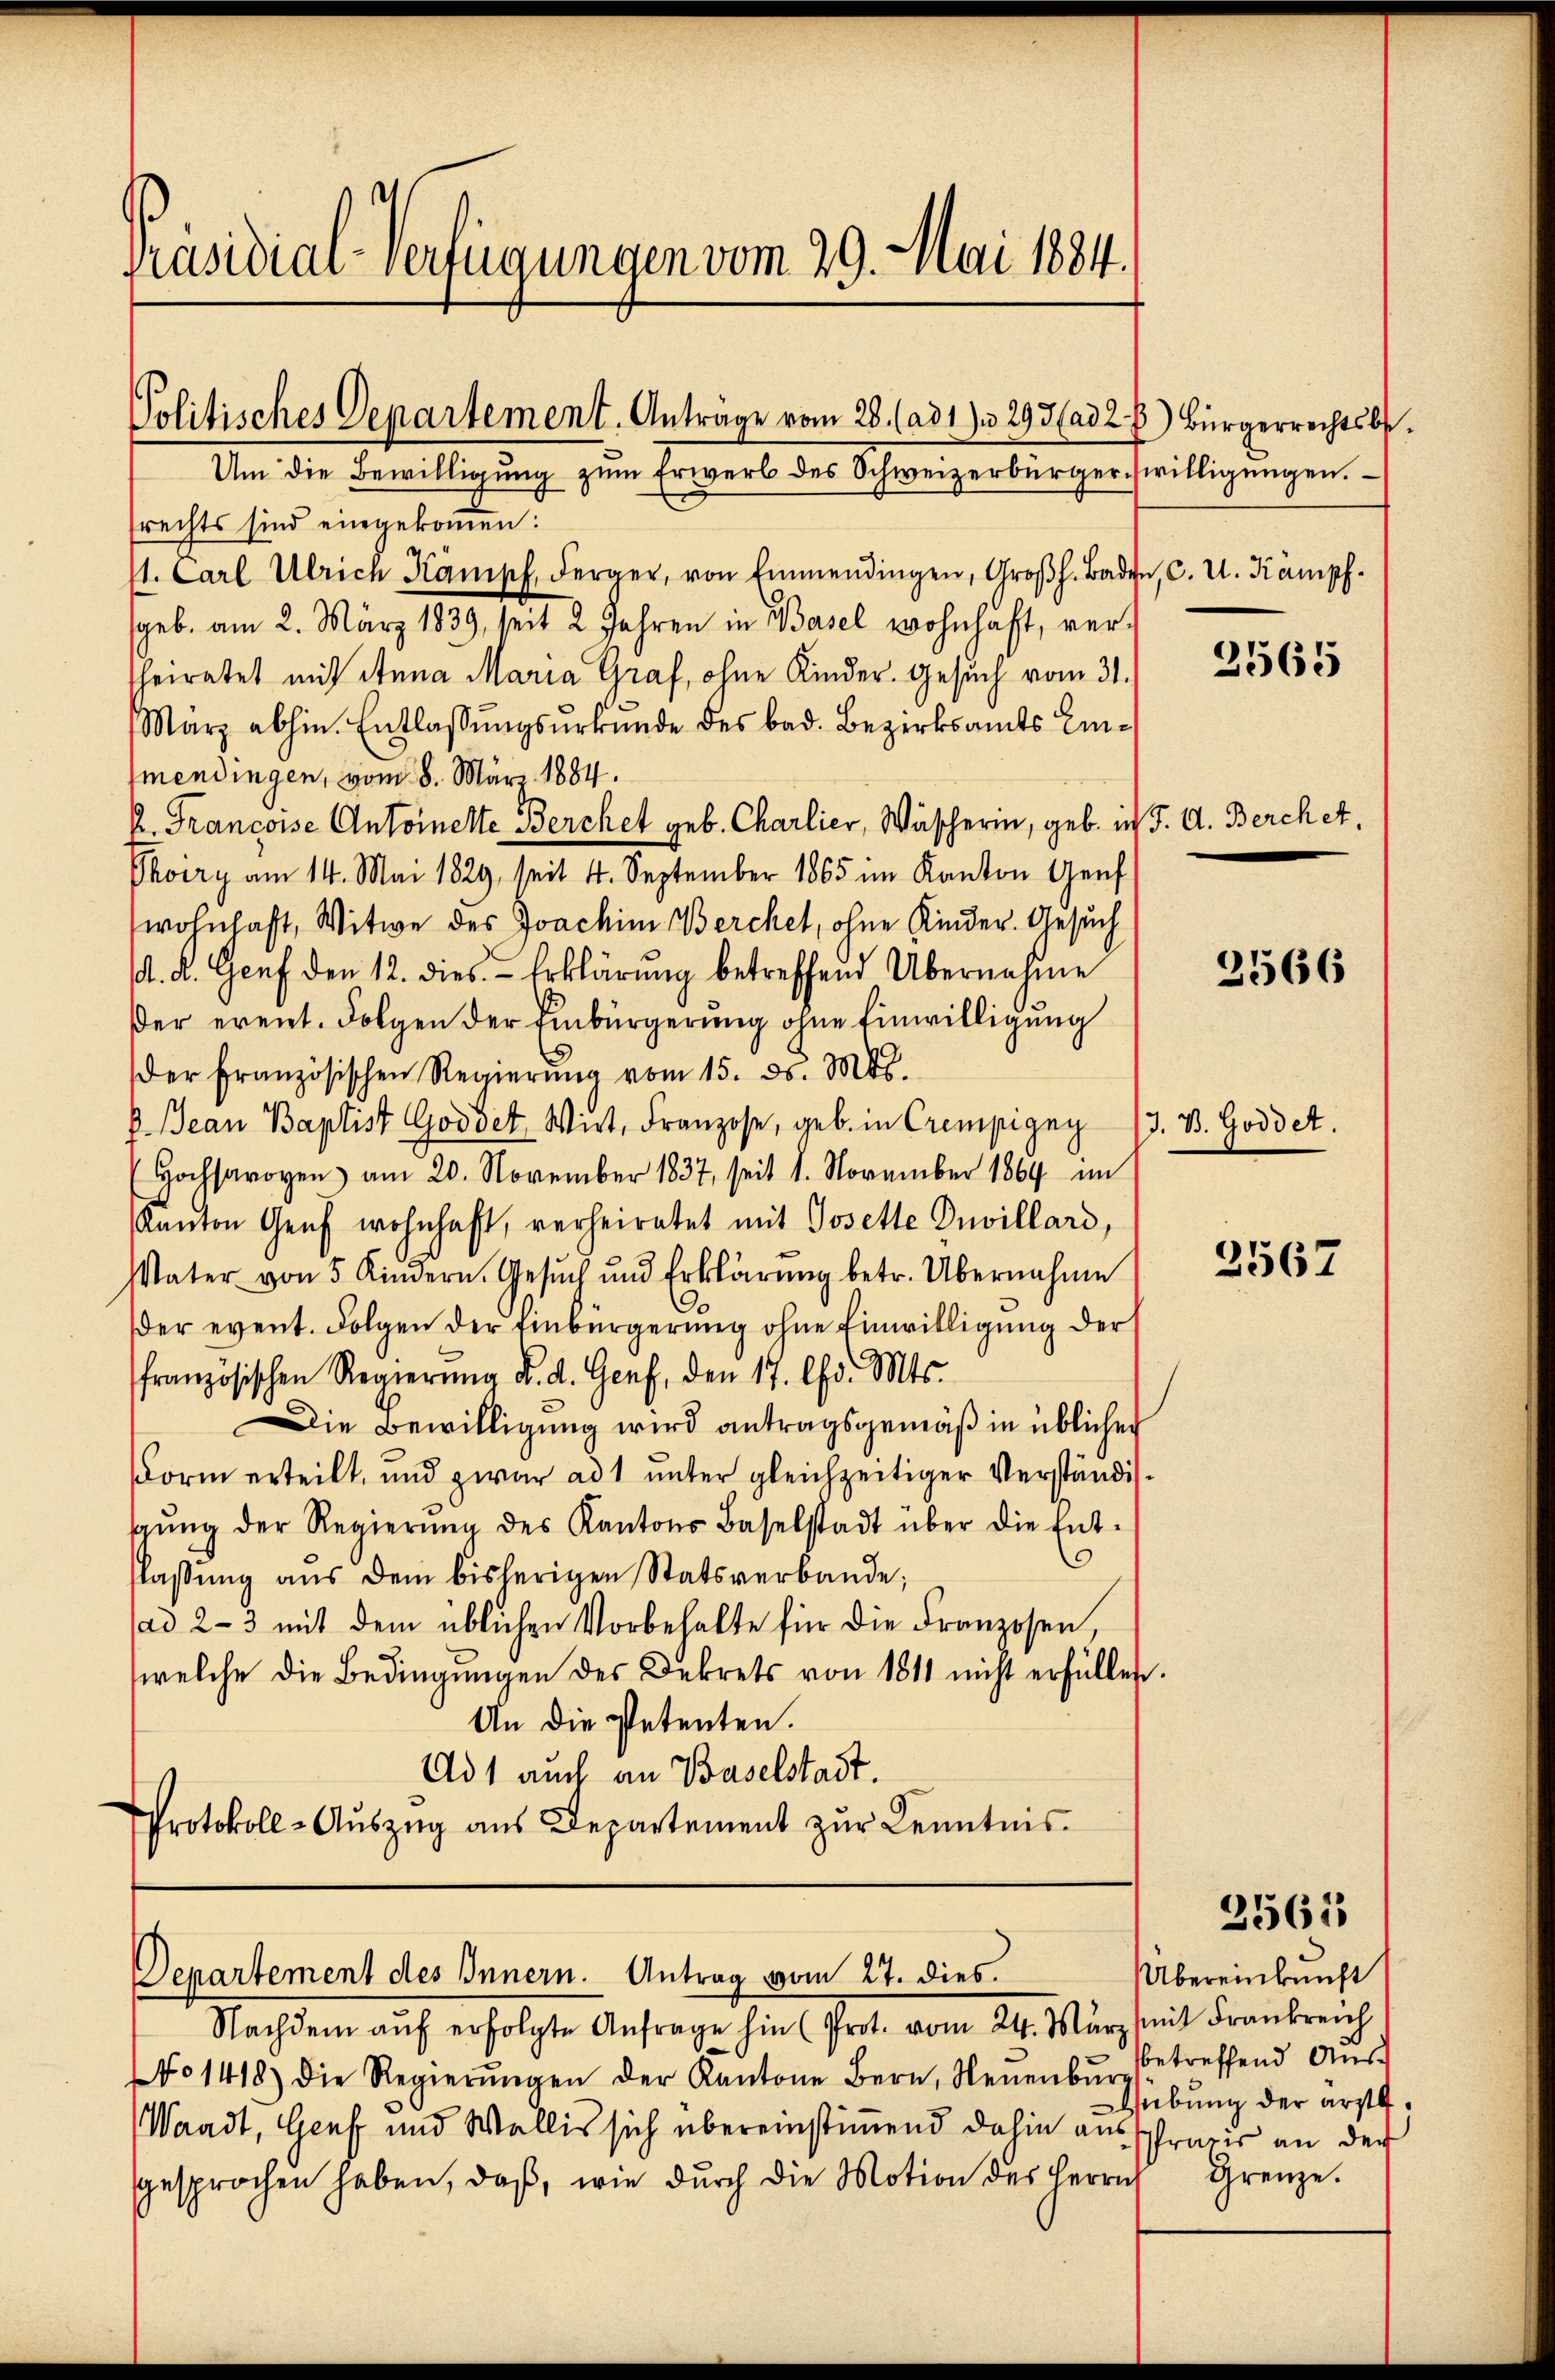
Präsidial-Verfügungen vom 29. Mai 1884.

Politisches Departement. Antrage vom 28. (ad 1. 293 (ad 2) Bürgerrechtsbe¬

Departement des Innern. Antrag vom 27. dies.
Nachdem aŭf erfolgte Anfrage hin (Prot. vom 24. März mit Frankreich

No 1418) die Regierŭngen der Kantone Bern, Neuenbŭrg
Waadt, Genf und Wallis sich übereinstimmend dahin ausspraxis an der
sgesprochen haben, daβ, wie durch die Motion des Herrn

Um die Bewilligŭng zŭm Erwerb des Schweizerbürger willigŭngen.
rechts sind eingekommen:
1. Carl Ulrich Kampf derger, von Emmendingen, Großh. Baden, C. U. Kampf
geb. am 2. März 1839, seit 2 Jahren in Basel wohnhaft, verheiratet mit Anna Maria Graf, ohne Kinder. Gesuch vom 31.
Marz abhin. Entlassungsurkunde des bad. Bezirksamts Einmendingen, vom 8. März 1884.
K. Francoise Antoinette Berchet geb. Charlier, Wäscherin, geb. ich J. A. Berchet,
Phoiry am 14. Mai 1829, seit 4. September 1865 im Kanton Genf
wohnhaft, Witwe des Joachim Berchet, ohne Kinder. Gesuch
1. d. Genf den 12. dies. Erklärung betreffend Übernahme
Der erent. Folgen der Einbürgerung ohne Einwilligung
der Französischen Regierŭng vom 15. ds. Mts.
P. Jean Baptist Goodet. Wirt, Franzose, geb. in Crempigny (3. B. Goddet.
Hochsaroyen am 20. November 1837, seit 1. November 1869 im
Kanton Genf wohnhaft, verheiratet mit Josette Duvillard,
Vater von 5 Kindern. Gesŭch und Erklärŭng betr. Übernahme
der event. Folgen der Einbürgerŭng ohne Einwilligŭng der
französischen Regierŭng d. d. Genf, den 17. Chr. Mts.
Die Bewilligung wird antragsgemäß in üblicher
Form erteilt, und zwar ad 1 unter gleichzeitiger Verständisgŭng der Regierŭng des Kantons Baselstadt über die Ent-
flassung aus dem bisherigen Statsverbande;
(ad 2-3 mit dem üblichen Vorbehalte für die Franzosen,
welche die Bedingungen des Dekrets von 1811 nicht erfüllen.
An die Petenten.
Ad 1 auch an Baselstadt.
Protokoll-Aŭszŭg aŭs Departement zŭr Kenntnis.

2565

2566

3567

2561

Übereinkunft
betreffend Aus¬
Hebung der ärzte.
Grenze.